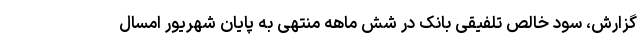
گزارش، سود خالص تلفیقی بانک در شش ماهه منتهی به پایان شهریور امسال